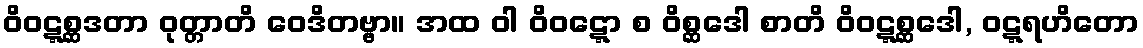
ဝိဝဋ္ဋစ္ဆဒတာ ဝုတ္တာတိ ဝေဒိတဗ္ဗာ။ အထ ဝါ ဝိဝဋ္ဋော စ ဝိစ္ဆဒေါ စာတိ ဝိဝဋ္ဋစ္ဆဒေါ, ဝဋ္ဋရဟိတော